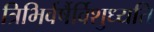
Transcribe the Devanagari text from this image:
त्रिभिर्वर्षैर्विशुध्यति